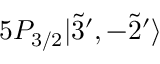
5 P _ { 3 / 2 } | \Tilde { 3 } ^ { \prime } , - \Tilde { 2 } ^ { \prime } \rangle